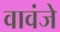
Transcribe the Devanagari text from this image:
वावंजे